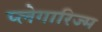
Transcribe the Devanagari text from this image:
प्लेगारिज्म